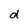
Character: d